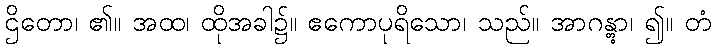
ဌိတော၊ ၏။ အထ၊ ထိုအခါ၌။ ဧကောပုရိသော၊ သည်။ အာဂန္တွာ၊ ၍။ တံ